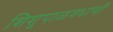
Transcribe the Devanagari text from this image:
शिशुपाळवधाची